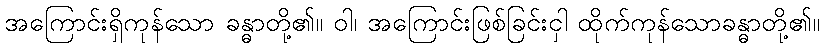
အကြောင်းရှိကုန်သော ခန္ဓာတို့၏။ ဝါ၊ အကြောင်းဖြစ်ခြင်းငှါ ထိုက်ကုန်သောခန္ဓာတို့၏။